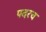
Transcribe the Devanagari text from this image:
पदरच